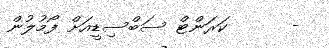
-      ކަރަންޓް ސަބްސިޑީއަށް ފޯމުލުން